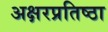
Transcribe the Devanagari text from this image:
अक्षरप्रतिष्ठा